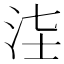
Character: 𣳃